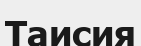
Таисия